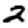
Digit: 2